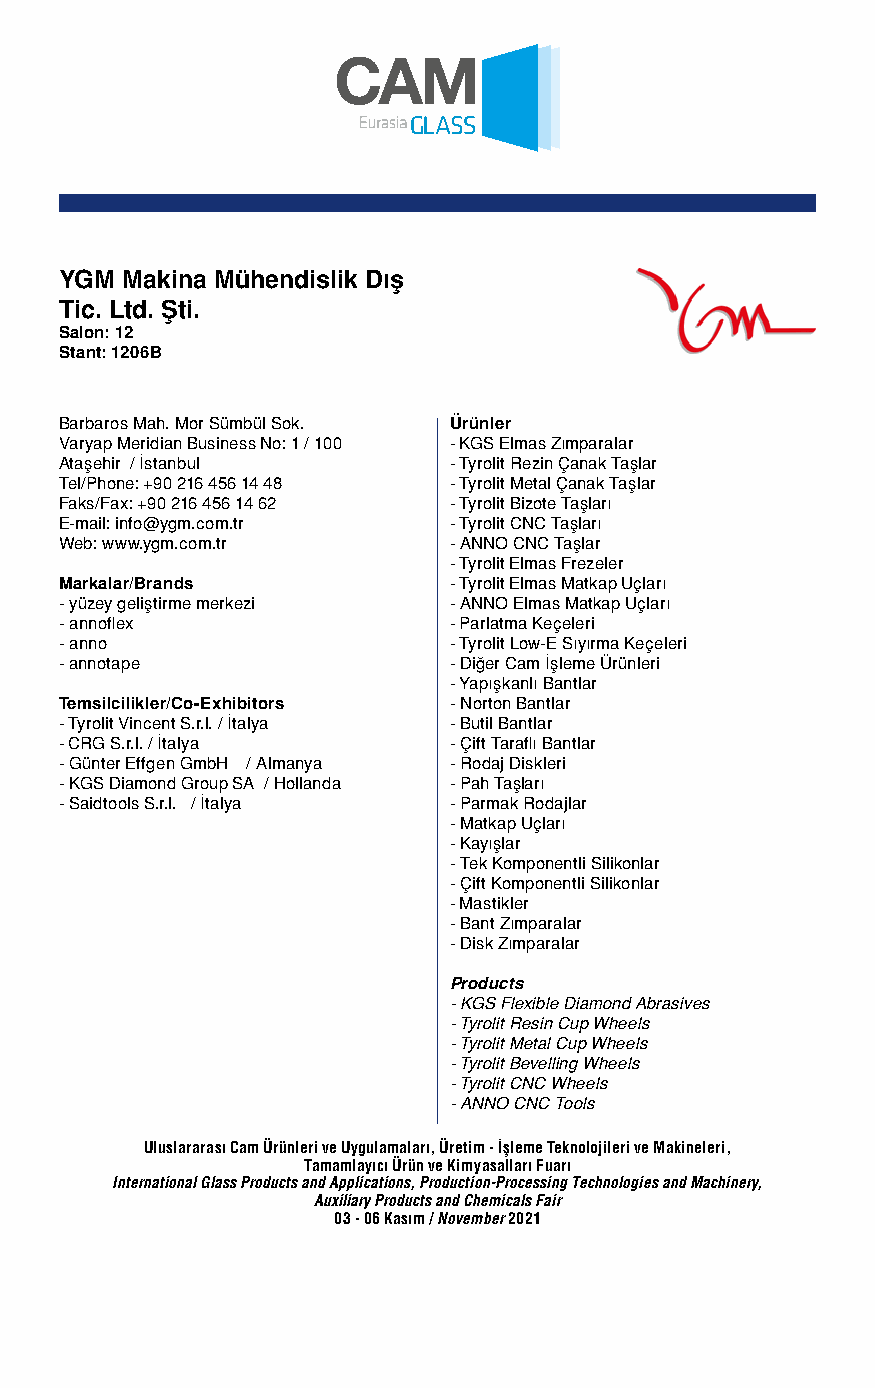
YGM Makina Mühendislik Dış
 Tic. Ltd. Şti.
 Salon: 12
 Stant: 1206B
 Barbaros Mah. Mor Sümbül Sok. Ürünler
 Varyap Meridian Business No: 1 / 100 - KGS Elmas Zımparalar
 Ataşehir / İstanbul       - Tyrolit Rezin Çanak Taşlar
 Tel/Phone: +90 216 456 14 48 - Tyrolit Metal Çanak Taşlar
 Faks/Fax: +90 216 456 14 62 - Tyrolit Bizote Taşları
 E-mail: info@ygm.com.tr   - Tyrolit CNC Taşları
 Web: www.ygm.com.tr       - ANNO CNC Taşlar
 - Tyrolit Elmas Frezeler
 Markalar/Brands           - Tyrolit Elmas Matkap Uçları
 - yüzey geliştirme merkezi - ANNO Elmas Matkap Uçları
 - annoflex                - Parlatma Keçeleri
 - anno                    - Tyrolit Low-E Sıyırma Keçeleri
 - annotape                - Diğer Cam İşleme Ürünleri
 - Yapışkanlı Bantlar
 Temsilcilikler/Co-Exhibitors - Norton Bantlar
 - Tyrolit Vincent S.r.l. / İtalya - Butil Bantlar
 - CRG S.r.l. / İtalya     - Çift Taraflı Bantlar
 - Günter Effgen GmbH / Almanya - Rodaj Diskleri
 - KGS Diamond Group SA / Hollanda - Pah Taşları
 - Saidtools S.r.l. / İtalya - Parmak Rodajlar
 - Matkap Uçları
 - Kayışlar
 - Tek Komponentli Silikonlar
 - Çift Komponentli Silikonlar
 - Mastikler
 - Bant Zımparalar
 - Disk Zımparalar
 Products
 - KGS Flexible Diamond Abrasives
 - Tyrolit Resin Cup Wheels
 - Tyrolit Metal Cup Wheels
 - Tyrolit Bevelling Wheels
 - Tyrolit CNC Wheels
 - ANNO CNC Tools
 Uluslararası Cam Ürünleri ve Uygulamaları, Üretim - İşleme Teknolojileri ve Makineleri,
 Tamamlayıcı Ürün ve Kimyasalları Fuarı
 International Glass Products and Applications, Production-Processing Technologies and Machinery,
 Auxiliary Products and Chemicals Fair
 03 - 06 Kasım / November 2021